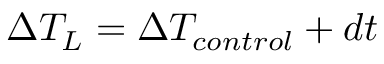
\Delta T _ { L } = \Delta T _ { c o n t r o l } + d t